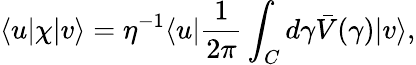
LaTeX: \langle u\vert\chi\vert v\rangle=\eta^{-1}\langle u\vert{\frac{1}{2\pi}}\int_{C}d\gamma\bar{V}(\gamma)\vert v\rangle,